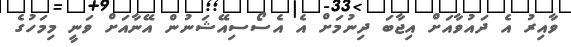
ވާއިރު އެ ދައުވާއަށް އިޖާބަ ދިނުމަށް އެ އެސޯސިއޭޝަނުން އޭނާއަށް ވަނީ މިމަހުގެ